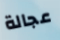
عجالة